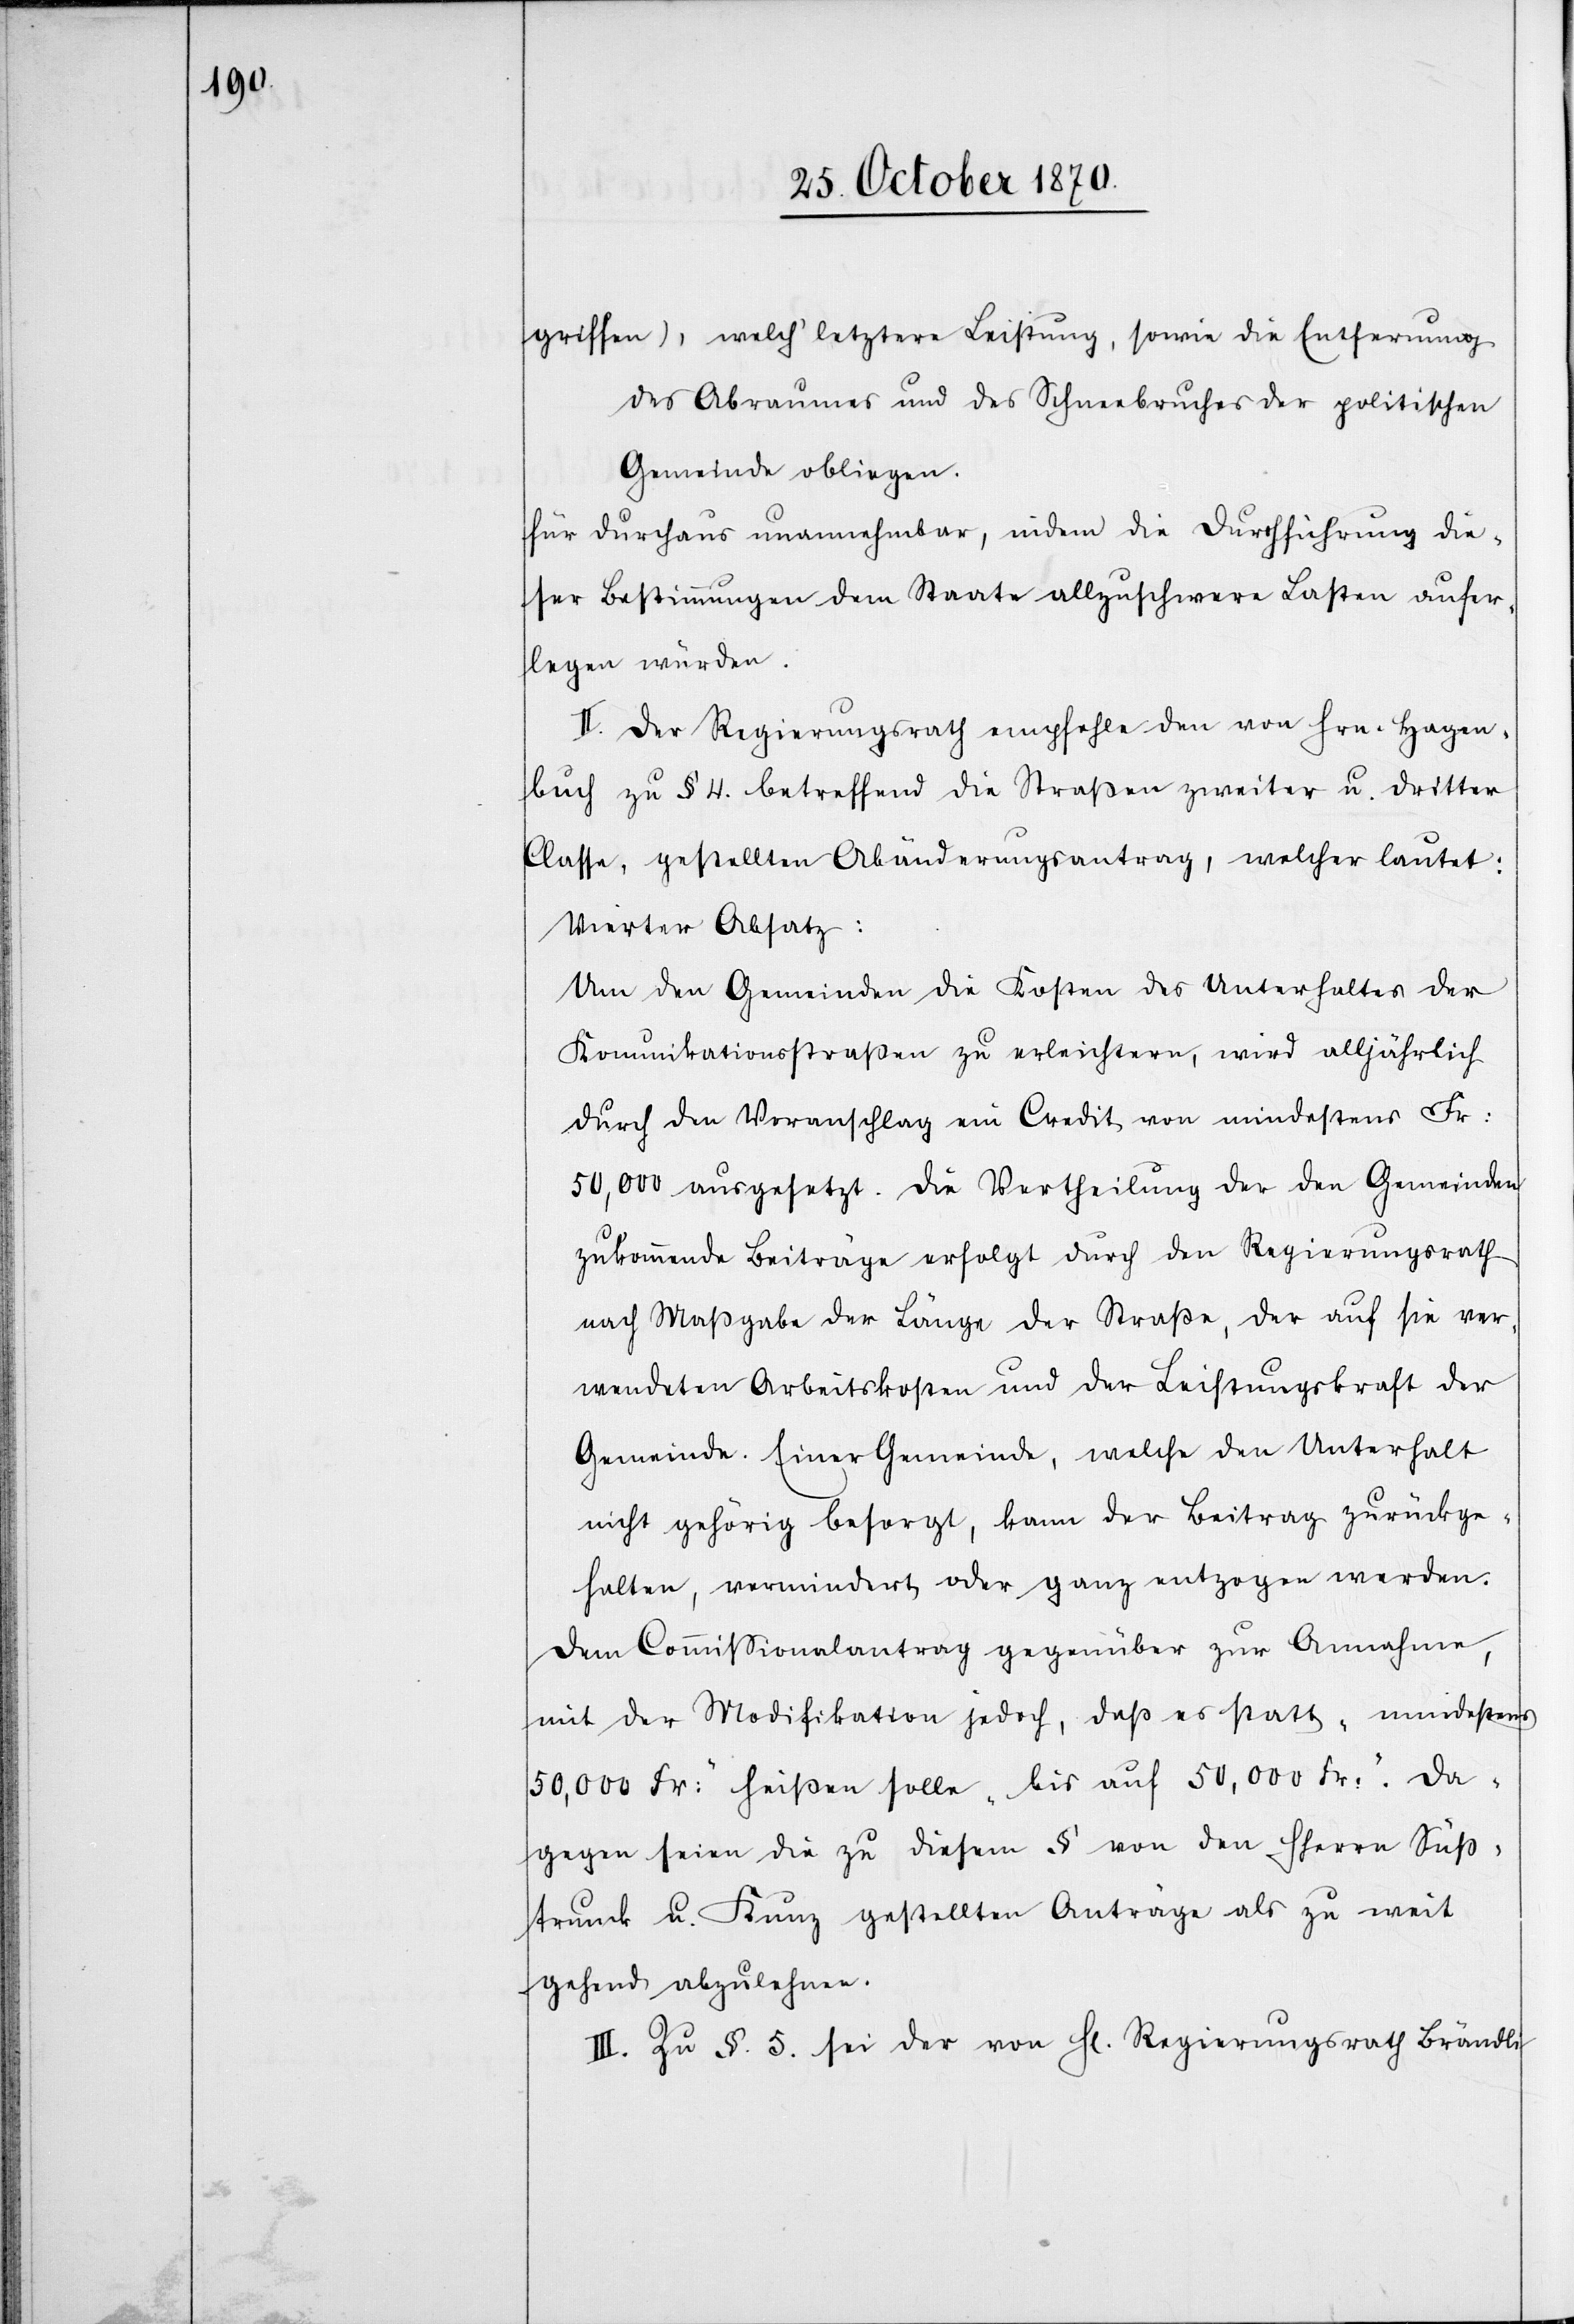
griffen), welch’ letztere Leistung, sowie die Entfernung
des Abraumes und des Schneebruches der politischen
Gemeinde obliegen.
für durchaus unannehmbar, indem die Durchführung die¬
ser Bestimmungen dem Staate allzuschwere Lasten aufer¬
legen würden.
II. Der Regierungsrath empfehle den von Hrn. Hagen¬
buch zu § 4. betreffend die Straßen zweiter u. dritter
Classe, gestellten Abänderungsantrag, welcher lautet:
Vierter Absatz:
Um den Gemeinden die Kosten des Unterhaltes der
Kommunikationstraßen zu erleichtern, wird alljährlich
durch den Voranschlag ein Credit von mindestens Fr:
50,000 ausgesetzt. Die Vertheilung der den Gemeinden
zukommende[n] Beiträge erfolgt durch den Regierungsrath
nach Maßgabe der Länge der Straße, der auf sie ver¬
wendeten Arbeitskosten und der Leistungskraft der
Gemeinde. Einer Gemeinde, welche den Unterhalt
nicht gehörig besorgt, kann der Beitrag zurückge¬
halten, vermindert oder ganz entzogen werden.
Dem Commißionalantrag gegenüber zur Annahme,
mit der Modifikation jedoch, daß er statt „mindestens
50,000 Fr:“ heißen solle „bis auf 50,000 Fr:“. Da¬
gegen seien die zu diesem § von den HHerren Süß¬
trunk u. Kunz gestellten Anträge als zu weit
gehend abzulehnen.
III. Zu § 5. sei der von H[err] Regierungsrath Brändli